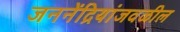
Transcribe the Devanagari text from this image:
जननेंद्रियांजवळील